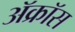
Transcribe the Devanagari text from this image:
ॲक्रॉस